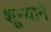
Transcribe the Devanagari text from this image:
शून्याने